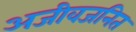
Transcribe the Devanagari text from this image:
अजीवजनित